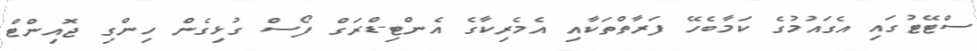
ސްޓޭޓުގައި އެގައުމުގެ ކަމާބެހޭ ފަރާތްތަކާއި އެމެރިކާގެ އެންޓި-ޑްރަގް ފޯސް ގުޅިގެން ހިންގި ޖޮއިންޓް